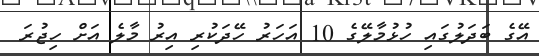
އޭގެ ބަދަލުގައި ހުޅުމާލޭގެ 10 އަހަރު ހޭދަކުރި އިރު މާލެ އަށް ހިޖުރަ